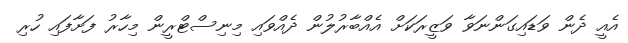
އެއީ ދެން ވަޑައިގަންނަވާ ވަޒީރަކަށް އެއްބާރުލުން ދެއްވައި މިނިސްޓްރީން މިހާރު ފަށާފައި ހުރި